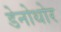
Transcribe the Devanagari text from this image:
डेनोथोर